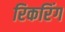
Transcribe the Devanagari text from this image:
रिकरिंग